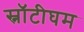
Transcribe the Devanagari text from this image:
स्नॉटीघम